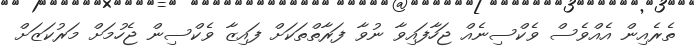
ތެރެއިން އެއްވެސް ވެކްސިނެއް ޖަހާފައިވާ ނުވާ ފަރާތްތަކަށް ފައިޒާ ވެކްސިން ޖެހުމަށް މަރުކަޒަށް